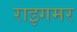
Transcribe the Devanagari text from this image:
राइगमर